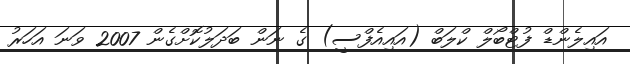
އައިލެންޑް ފުޓްބޯލް ކްލަބް (އައިއެފްސީ) ގެ ނަން ބަދަލުކޮށްގެން 2007 ވަނަ އަހަރު